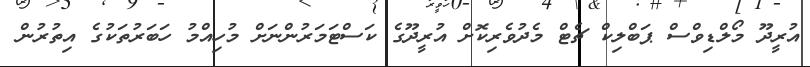
އުރީދޫ މޯލްޑިވްސް ޕަބްލިކް ޗެޓް މެދުވެރިކޮށް އުރީދޫގެ ކަސްޓަމަރުންނަށް މުހިއްމު ހަބަރުތަކުގެ އިތުރުން